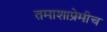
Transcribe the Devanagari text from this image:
तमाशाप्रेमीच